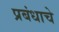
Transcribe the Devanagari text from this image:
प्रबंधाचे